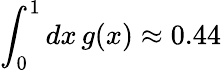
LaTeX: \int_{0}^{1}dx\, g(x)\approx 0.44